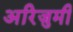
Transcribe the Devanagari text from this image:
अरिजुमी